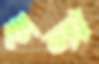
ছলা